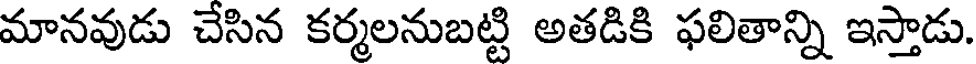
మానవుడు చేసిన కర్మలనుబట్టి అతడికి ఫలితాన్ని ఇస్తాడు.